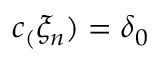
c _ { ( } \xi _ { n } ) = \delta _ { 0 }